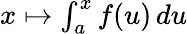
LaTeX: \textstyle x\mapsto\int_{a}^{x}f(u)\, du